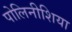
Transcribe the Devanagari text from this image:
पोलिनीशिया